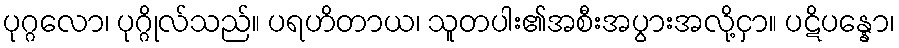
ပုဂ္ဂလော၊ ပုဂ္ဂိုလ်သည်။ ပရဟိတာယ၊ သူတပါး၏အစီးအပွားအလို့ငှာ။ ပဋိပန္နော၊